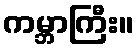
ကမ္ဘာကြီး။